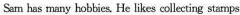
Sam has many hobbies. He likes collecting stamps